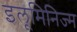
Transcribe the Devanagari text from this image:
इलूमिनिज्म